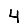
Digit: 4